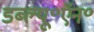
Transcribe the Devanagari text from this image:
डब्ल्यू॰ऍन॰